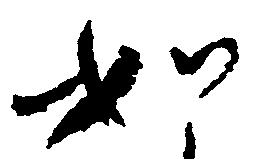
如